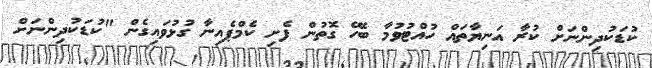
ކުޑަކުދިންނަށް ކުރާ އަނިޔާތައް ހުއްޓުވުމާ ބެހޭ ގޮތުން ފެށި ކެމްޕެއިނާ ގުޅުވައިގެން "ކުޑަކުދިންނަށް